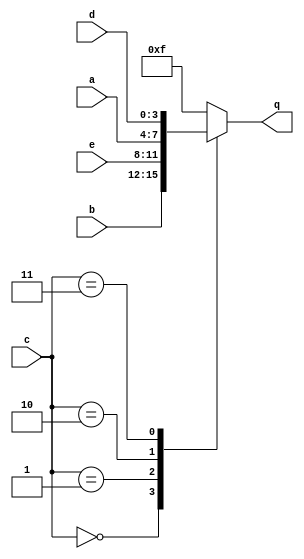
module circuit5 (
  input [3:0] a,
  input [3:0] b,
  input [3:0] c,
  input [3:0] d,
  input [3:0] e,
  output reg [3:0] q

);

  always @(*)
    case (c)
      0: q = b;
      1: q = e;
      2: q = a;
      3: q = d;
      default: q = 4'hf;
    endcase

endmodule